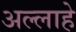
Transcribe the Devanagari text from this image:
अल्लाहे